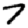
Digit: 7